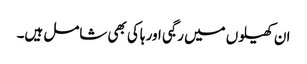
ان کھیلوں میں رگبی اور ہاکی بھی شامل ہیں۔